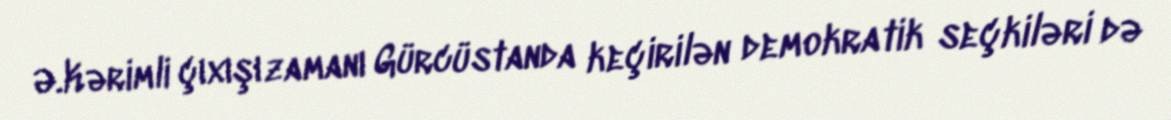
Ə.Kərimli çıxışı zamanı Gürcüstanda keçirilən demokratik seçkiləri də